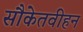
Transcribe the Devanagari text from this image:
सौकेतवीहन